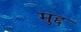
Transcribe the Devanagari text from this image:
मुद्द